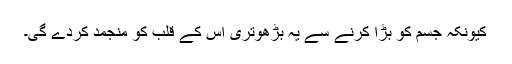
کیونکہ جسم کو بڑا کرنے سے یہ بڑھوتری اس کے قلب کو منجمد کردے گی۔